Annual report on the working of the lock hospitals in the Central Provinces
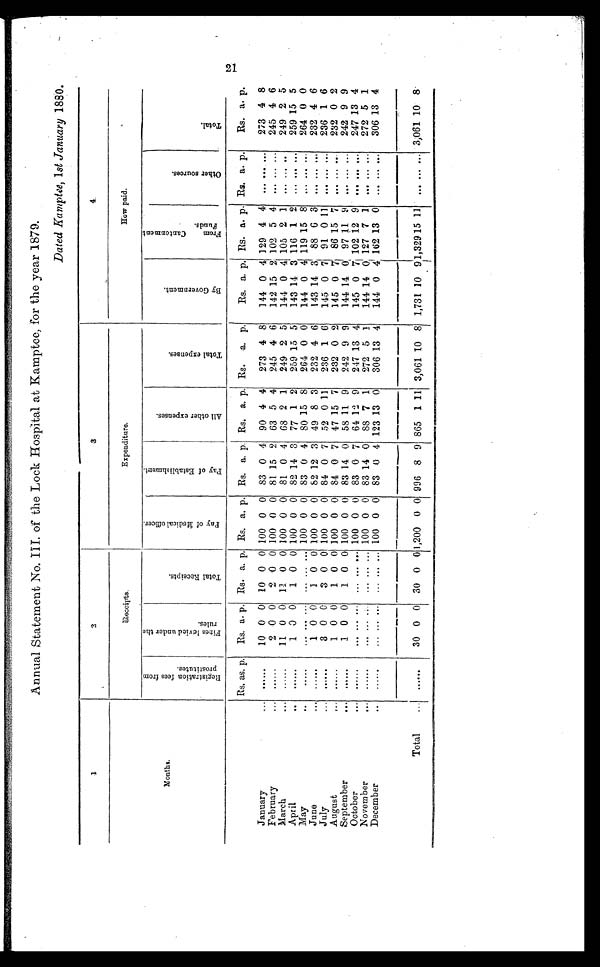
Annual Statement No. III. of the Lock Hospital at Kamptee, for the year 1879.
Dated Kamptee,1st January 1880.
1
2
3
4
R e c e i p t s .
Expenditure.
How paid.
Months.
R e g i s t r a t i o n f e e s f r o m p r o s t i t u t e s .
F i n c e l e v i e d u n d e r t h e r u l e s .
T o t a l R e c e i p t s .
P a y o f M e d i c a l o f f i c e r .
P a y o f E s t a b l i s h m e n t .
A l l o t h e r e x p e n s e s .
T o t a l e x p e n s e s .
B y G o v e r m e n t .
F r o m C a n t o n m e n t F u n d s .
O t h e r s o u r c e s .
T o t a l .
Rs. as. p.
Rs. a. p. Rs. a. p. Rs. a. p. Rs. a. p. Rs. a. p. Rs. a. p.
Rs. a. p. Rs. a. p. Rs. a.
Rs. a. p.
January
10 0 0 10 0 0 100 0 0 83 0 4 90 4 4
273 4 8
144 0 4 129 44 .......
273 4 8
February
... ......
2 0 0
2 0 0 100 0 0 81 15 2 63 5 4
245 4 6
142 15 2 102 5 4 ........
245 4 6
March
... ......
11 0 0 11 0 0 100 0 0 81 0 4 68 2 1
249 2 5
144 0 4 105 2 1 ........
249 2 5
April
......
1 0 0
1 0 0 100 0 0 82 14 3 77 1 2
259 15 5
143 14 3 116 1 2 ... ... ...
259 15 5
May
.....
... ... ... ... ... .. 100 0 0 83 0 4 80 15 8
264 0 0
144 0 41 119 15 8 ... ... ...
264 0 0
June
1 0 0
1 0 0 100 0 0 82 12 3 49 8 3
232 4 6
143 14 3 88 6 3 ... ... ...
232 4 6
July
... ......
3 0 0
3 0 0 100 0 0 84 0 7 52 0 11
236 1 6
145 0 7 91 0 11
... ......
236 1 6
August
......
1 0 0
1 0 0 100 0 0 84 0 7 47 15 7
232 0 2
145 0 7 86 15 7 ... ... ...
282 0 2
September
1 0 0
1 0 0 100 0 0 83 14 0 58 11 9
242 9 9
144 14 0 97 11 9 ... ...
242 9 9
October
... ......
... ... ... ...... 100 0 0 83 0 7 64 12 9
247 13 4
145 0 7 102 12 9
247 13 4
November
......
... ... ... 100 0 0 83 14 0 88 7 1
272 5 1
144 14 0 127 7 1 ...
272 5 1
December
......
...... ... ... ... ... 100 0 0 83 0 4 123 13 0
306 13 4
144 0 4 162 13 0 ...... ...
306 13 4
Total
30 0 0 30 0 0
1 , 2 0 0 0 0 996 8 9 865 1 11 3,061 10 8 1,731 10 9 1,329 15 11 ...... ... 3,061 10 8